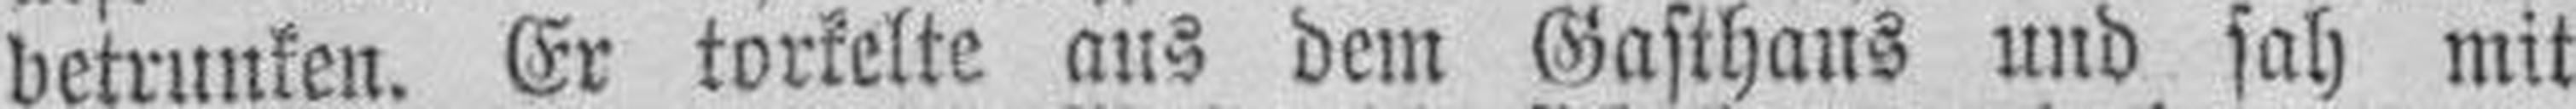
betrunken. Er torkelte aus dem Gasthaus und sah mit